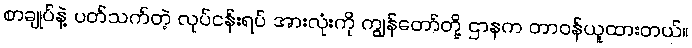
စာချုပ်နဲ့ ပတ်သက်တဲ့ လုပ်ငန်းရပ် အားလုံးကို ကျွန်တော်တို့ ဌာနက တာဝန်ယူထားတယ်။